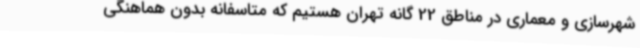
شهرسازی و معماری در مناطق 22 گانه تهران هستیم که متاسفانه بدون هماهنگی